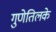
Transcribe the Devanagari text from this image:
गुणेतिलके